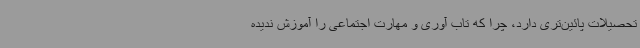
تحصیلات پائین‌تری دارد، چرا که تاب آوری و مهارت اجتماعی را آموزش ندیده